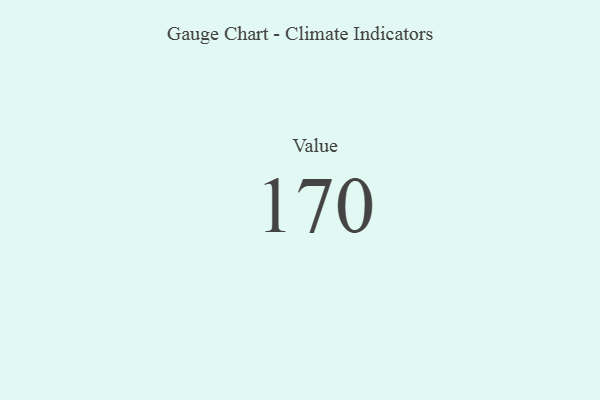
{"axis": {"x": "Metric", "y": "Value"}, "legend": [""], "data": [{"x": "Value", "y": 170, "type": ""}]}